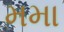
મમા